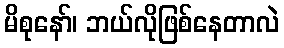
မိစုနော်၊ ဘယ်လိုဖြစ်နေတာလဲ